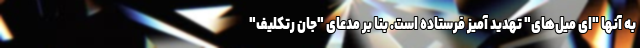
به آنها "ای میل‌های" تهدید آمیز فرستاده است. بنا بر مدعای "جان رتکلیف"